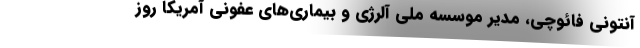
آنتونی فائوچی، مدیر موسسه ملی آلرژی و بیماری‌های عفونی آمریکا روز